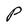
Character: P